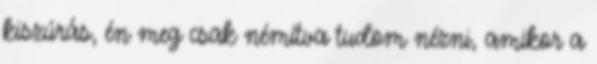
kiszúrás, én meg csak némítva tudom nézni, amikor a